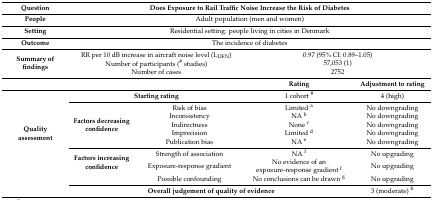
<table><thead><tr><td><b>Question</b></td><td colspan="4"><b>Does Exposure to Rail Traffic Noise Increase the Risk of Diabetes</b></td></tr></thead><tbody><tr><td><b>People</b></td><td colspan="4">Adult population (men and women)</td></tr><tr><td><b>Setting</b></td><td colspan="4">Residential setting: people living in cities in Denmark</td></tr><tr><td><b>Outcome</b></td><td colspan="4">The incidence of diabetes</td></tr><tr><td rowspan="3"><b>Summary of findings</b></td><td colspan="2">RR per 10 dB increase in aircraft noise level (L<sub>DEN</sub>)</td><td colspan="2">0.97 (95% CI: 0.89–1.05)</td></tr><tr><td colspan="2">Number of participants (<sup>#</sup> studies)</td><td colspan="2">57,053 (1)</td></tr><tr><td colspan="2">Number of cases</td><td colspan="2">2752</td></tr><tr><td colspan="3"></td><td><b>Rating</b></td><td><b>Adjustment to rating</b></td></tr><tr><td rowspan="10"><b>Quality assessment</b></td><td colspan="2"><b>Starting rating</b></td><td>1 cohort <sup>#</sup></td><td>4 (high)</td></tr><tr><td rowspan="5"><b>Factors decreasing confidence</b></td><td>Risk of bias</td><td>Limited <sup>a</sup></td><td>No downgrading</td></tr><tr><td>Inconsistency</td><td>NA <sup>b</sup></td><td>No downgrading</td></tr><tr><td>Indirectness</td><td>None <sup>c</sup></td><td>No downgrading</td></tr><tr><td>Imprecision</td><td>Limited <sup>d</sup></td><td>No downgrading</td></tr><tr><td>Publication bias</td><td>NA <sup>e</sup></td><td>No downgrading</td></tr><tr><td rowspan="3"><b>Factors increasing confidence</b></td><td>Strength of association</td><td>NA <sup>f</sup></td><td>No upgrading</td></tr><tr><td>Exposure-response gradient</td><td>No evidence of an exposure-response gradient <sup>f</sup></td><td>No upgrading</td></tr><tr><td>Possible confounding</td><td>No conclusions can be drawn <sup>g</sup></td><td>No upgrading</td></tr><tr><td colspan="3"><b>Overall judgement of quality of evidence</b></td><td>3 (moderate) <sup>h</sup></td></tr></tbody></table>